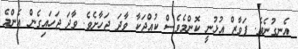
އެނގުނެވެ. ފަވާޒް އުޅުނީ ކޮންމެވެސް ކުއްޖަކާ ވާދަ ޖަހާށެވެ. ވާދަ ޖަހައިގެން އެންމެ